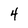
Character: 4